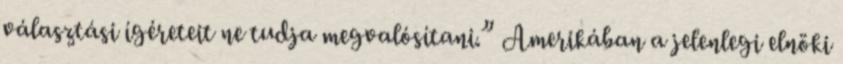
választási ígéreteit ne tudja megvalósítani.” Amerikában a jelenlegi elnöki